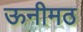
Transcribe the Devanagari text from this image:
ऊनीमठ